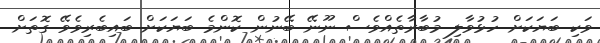
ވަކި ބަޔަކަށް ހުޅުވާލި މުބާރާތެއްވެސް ނޫނޭ ބޭނުން ކޮންމެ ބަޔަކަށް ބައިބެރިވެވޭ ގޮތަށް